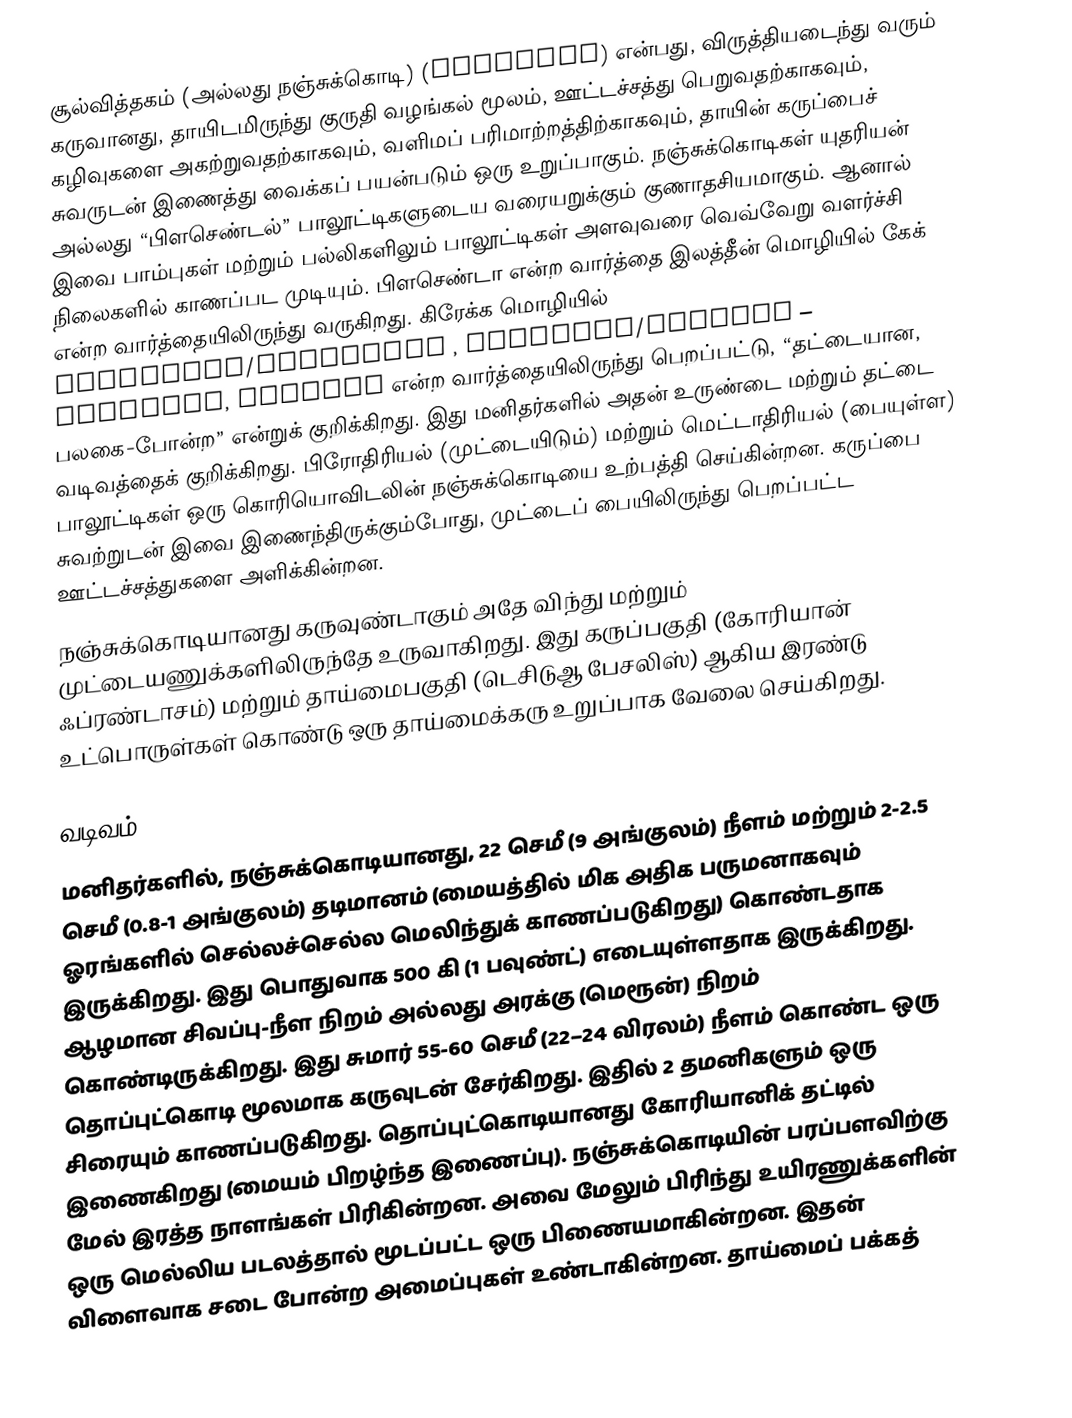
சூல்வித்தகம் (அல்லது நஞ்சுக்கொடி) (Placenta) என்பது, விருத்தியடைந்து வரும் கருவானது, தாயிடமிருந்து குருதி வழங்கல் மூலம், ஊட்டச்சத்து பெறுவதற்காகவும், கழிவுகளை அகற்றுவதற்காகவும், வளிமப் பரிமாற்றத்திற்காகவும், தாயின் கருப்பைச் சுவருடன் இணைத்து வைக்கப் பயன்படும் ஒரு உறுப்பாகும். நஞ்சுக்கொடிகள் யுதரியன் அல்லது “பிளசெண்டல்” பாலூட்டிகளுடைய வரையறுக்கும் குணாதசியமாகும். ஆனால் இவை பாம்புகள் மற்றும் பல்லிகளிலும் பாலூட்டிகள் அளவுவரை வெவ்வேறு வளர்ச்சி நிலைகளில் காணப்பட முடியும். பிளசெண்டா  என்ற வார்த்தை இலத்தீன் மொழியில் கேக்  என்ற வார்த்தையிலிருந்து வருகிறது. கிரேக்க மொழியில் plakóenta/plakoúnta , plakóeis/plakoús  – πλακόεις, πλακούς  என்ற வார்த்தையிலிருந்து பெறப்பட்டு, “தட்டையான, பலகை-போன்ற” என்றுக் குறிக்கிறது. இது மனிதர்களில் அதன் உருண்டை மற்றும் தட்டை வடிவத்தைக் குறிக்கிறது. பிரோதிரியல் (முட்டையிடும்) மற்றும் மெட்டாதிரியல் (பையுள்ள) பாலூட்டிகள் ஒரு கொரியொவிடலின் நஞ்சுக்கொடியை உற்பத்தி செய்கின்றன. கருப்பை சுவற்றுடன் இவை இணைந்திருக்கும்போது, முட்டைப் பையிலிருந்து பெறப்பட்ட ஊட்டச்சத்துகளை அளிக்கின்றன.
நஞ்சுக்கொடியானது கருவுண்டாகும் அதே விந்து மற்றும் முட்டையணுக்களிலிருந்தே  உருவாகிறது. இது கருப்பகுதி (கோரியான் ஃப்ரண்டாசம்) மற்றும் தாய்மைபகுதி (டெசிடுஆ பேசலிஸ்) ஆகிய இரண்டு உட்பொருள்கள் கொண்டு ஒரு தாய்மைக்கரு உறுப்பாக வேலை செய்கிறது.

வடிவம்
மனிதர்களில், நஞ்சுக்கொடியானது, 22 செமீ (9 அங்குலம்) நீளம் மற்றும் 2-2.5 செமீ (0.8-1 அங்குலம்) தடிமானம் (மையத்தில் மிக அதிக பருமனாகவும் ஓரங்களில் செல்லச்செல்ல மெலிந்துக் காணப்படுகிறது) கொண்டதாக இருக்கிறது. இது பொதுவாக 500 கி (1 பவுண்ட்) எடையுள்ளதாக இருக்கிறது. ஆழமான சிவப்பு-நீள நிறம் அல்லது அரக்கு (மெரூன்) நிறம் கொண்டிருக்கிறது. இது சுமார் 55-60 செமீ (22–24 விரலம்) நீளம் கொண்ட ஒரு தொப்புட்கொடி மூலமாக கருவுடன் சேர்கிறது. இதில் 2 தமனிகளும் ஒரு சிரையும் காணப்படுகிறது. தொப்புட்கொடியானது கோரியானிக் தட்டில் இணைகிறது (மையம் பிறழ்ந்த இணைப்பு). நஞ்சுக்கொடியின் பரப்பளவிற்கு மேல் இரத்த நாளங்கள் பிரிகின்றன. அவை மேலும் பிரிந்து உயிரணுக்களின் ஒரு மெல்லிய படலத்தால் மூடப்பட்ட ஒரு பிணையமாகின்றன. இதன் விளைவாக சடை போன்ற அமைப்புகள் உண்டாகின்றன. தாய்மைப் பக்கத்